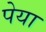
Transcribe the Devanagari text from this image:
पेया